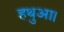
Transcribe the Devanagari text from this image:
हथुआ।